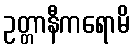
ဥတ္တာနီကရောမိ